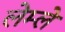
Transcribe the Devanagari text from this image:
लेम्ले